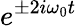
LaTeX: e^{\pm 2i\omega_{0}t}